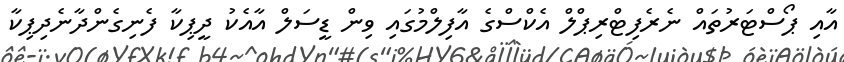
އާއި ޕޯސްޓަރުތައް ނެރެފިޓްރިޕްލް އެކްސްގެ އާފިލްމުގައި ވިން ޑީސަލް އާއެކު ދީޕިކާ ފެނިގެންދާނެދިޕިކާ